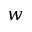
w